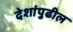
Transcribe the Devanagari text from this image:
देशांपुढील